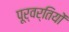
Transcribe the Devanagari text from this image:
पूर्वर्तियों